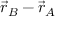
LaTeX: { \vec { r } } _ { B } - { \vec { r } } _ { A }